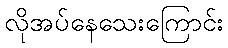
လိုအပ်နေသေးကြောင်း